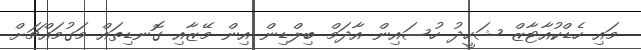
މައި ހެޑްކުއާޓާޒް ޝަހީދު ހުސައިން އާދަމް ބިލްޑިން އިން މޭޒާއި ގޮނޑިތައް މަގުމައްޗަށް